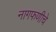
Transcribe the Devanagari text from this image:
नागफणीचे